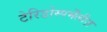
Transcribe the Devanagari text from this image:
टेरिडोस्पर्मेंलीज़